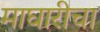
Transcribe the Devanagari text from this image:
माघारीचा